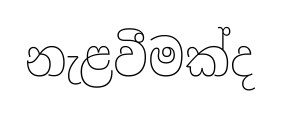
නැළවීමක්ද